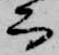
而